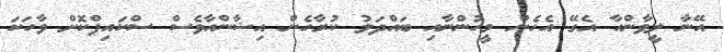
އޭނާ ލީވާންއާ އެގޭ އެހެން މީހުންނާއި ބައްދަލު ކުރާހެން އިޝާންއާވެސް ސްކައިޕްކޮށް ވާހަކަ